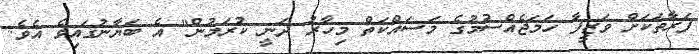
ފަރާތަކަށް ވަޒީފާ ހަމަޖެއްސުމުގެ މަސައްކަތް މިހާރު ދަނީ ކުރަމުން" އެ ބަޔާނުގައިވެ އެވެ.